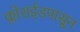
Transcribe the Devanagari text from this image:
क्लोराईडपासून